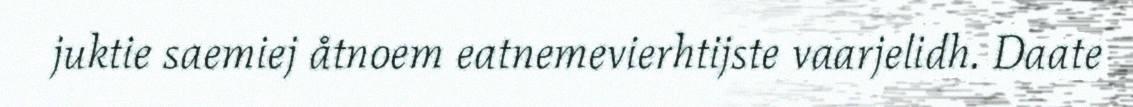
juktie saemiej åtnoem eatnemevierhtijste vaarjelidh. Daate